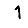
Digit: 1